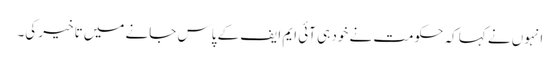
انہوں نے کہا کہ حکومت نے خود ہی آئی ایم ایف کے پاس جانے میں تاخیر کی۔